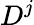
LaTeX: D^{j}